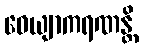
ဝေယျာကရဏန္တိ